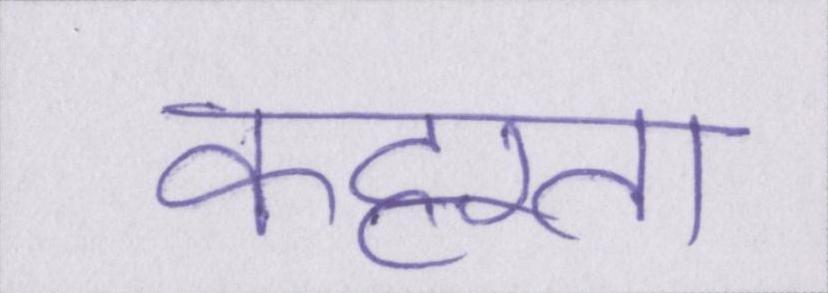
कट्टरता